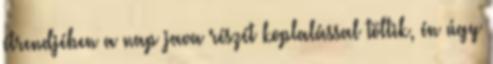
étrendjében a nap java részét koplalással töltik, én úgy